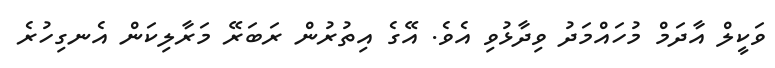
ވަކީލް އާދަމް މުހައްމަދު ވިދާޅުވި އެވެ. އޭގެ އިތުރުން ރަބަރޭ މަރާލިކަން އެނގިހުރެ